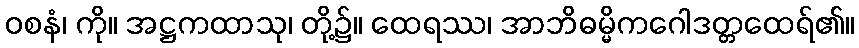
ဝစနံ၊ ကို။ အဋ္ဌကထာသု၊ တို့၌။ ထေရဿ၊ အာဘိဓမ္မိကဂေါဒတ္တထေရ်၏။